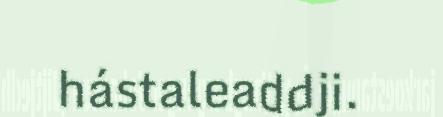
hástaleaddji.